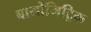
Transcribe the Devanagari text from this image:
बायोमिट्रिक